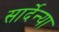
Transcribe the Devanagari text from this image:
सार्देन्या